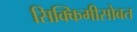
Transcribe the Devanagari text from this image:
सिक्किमीसोबत